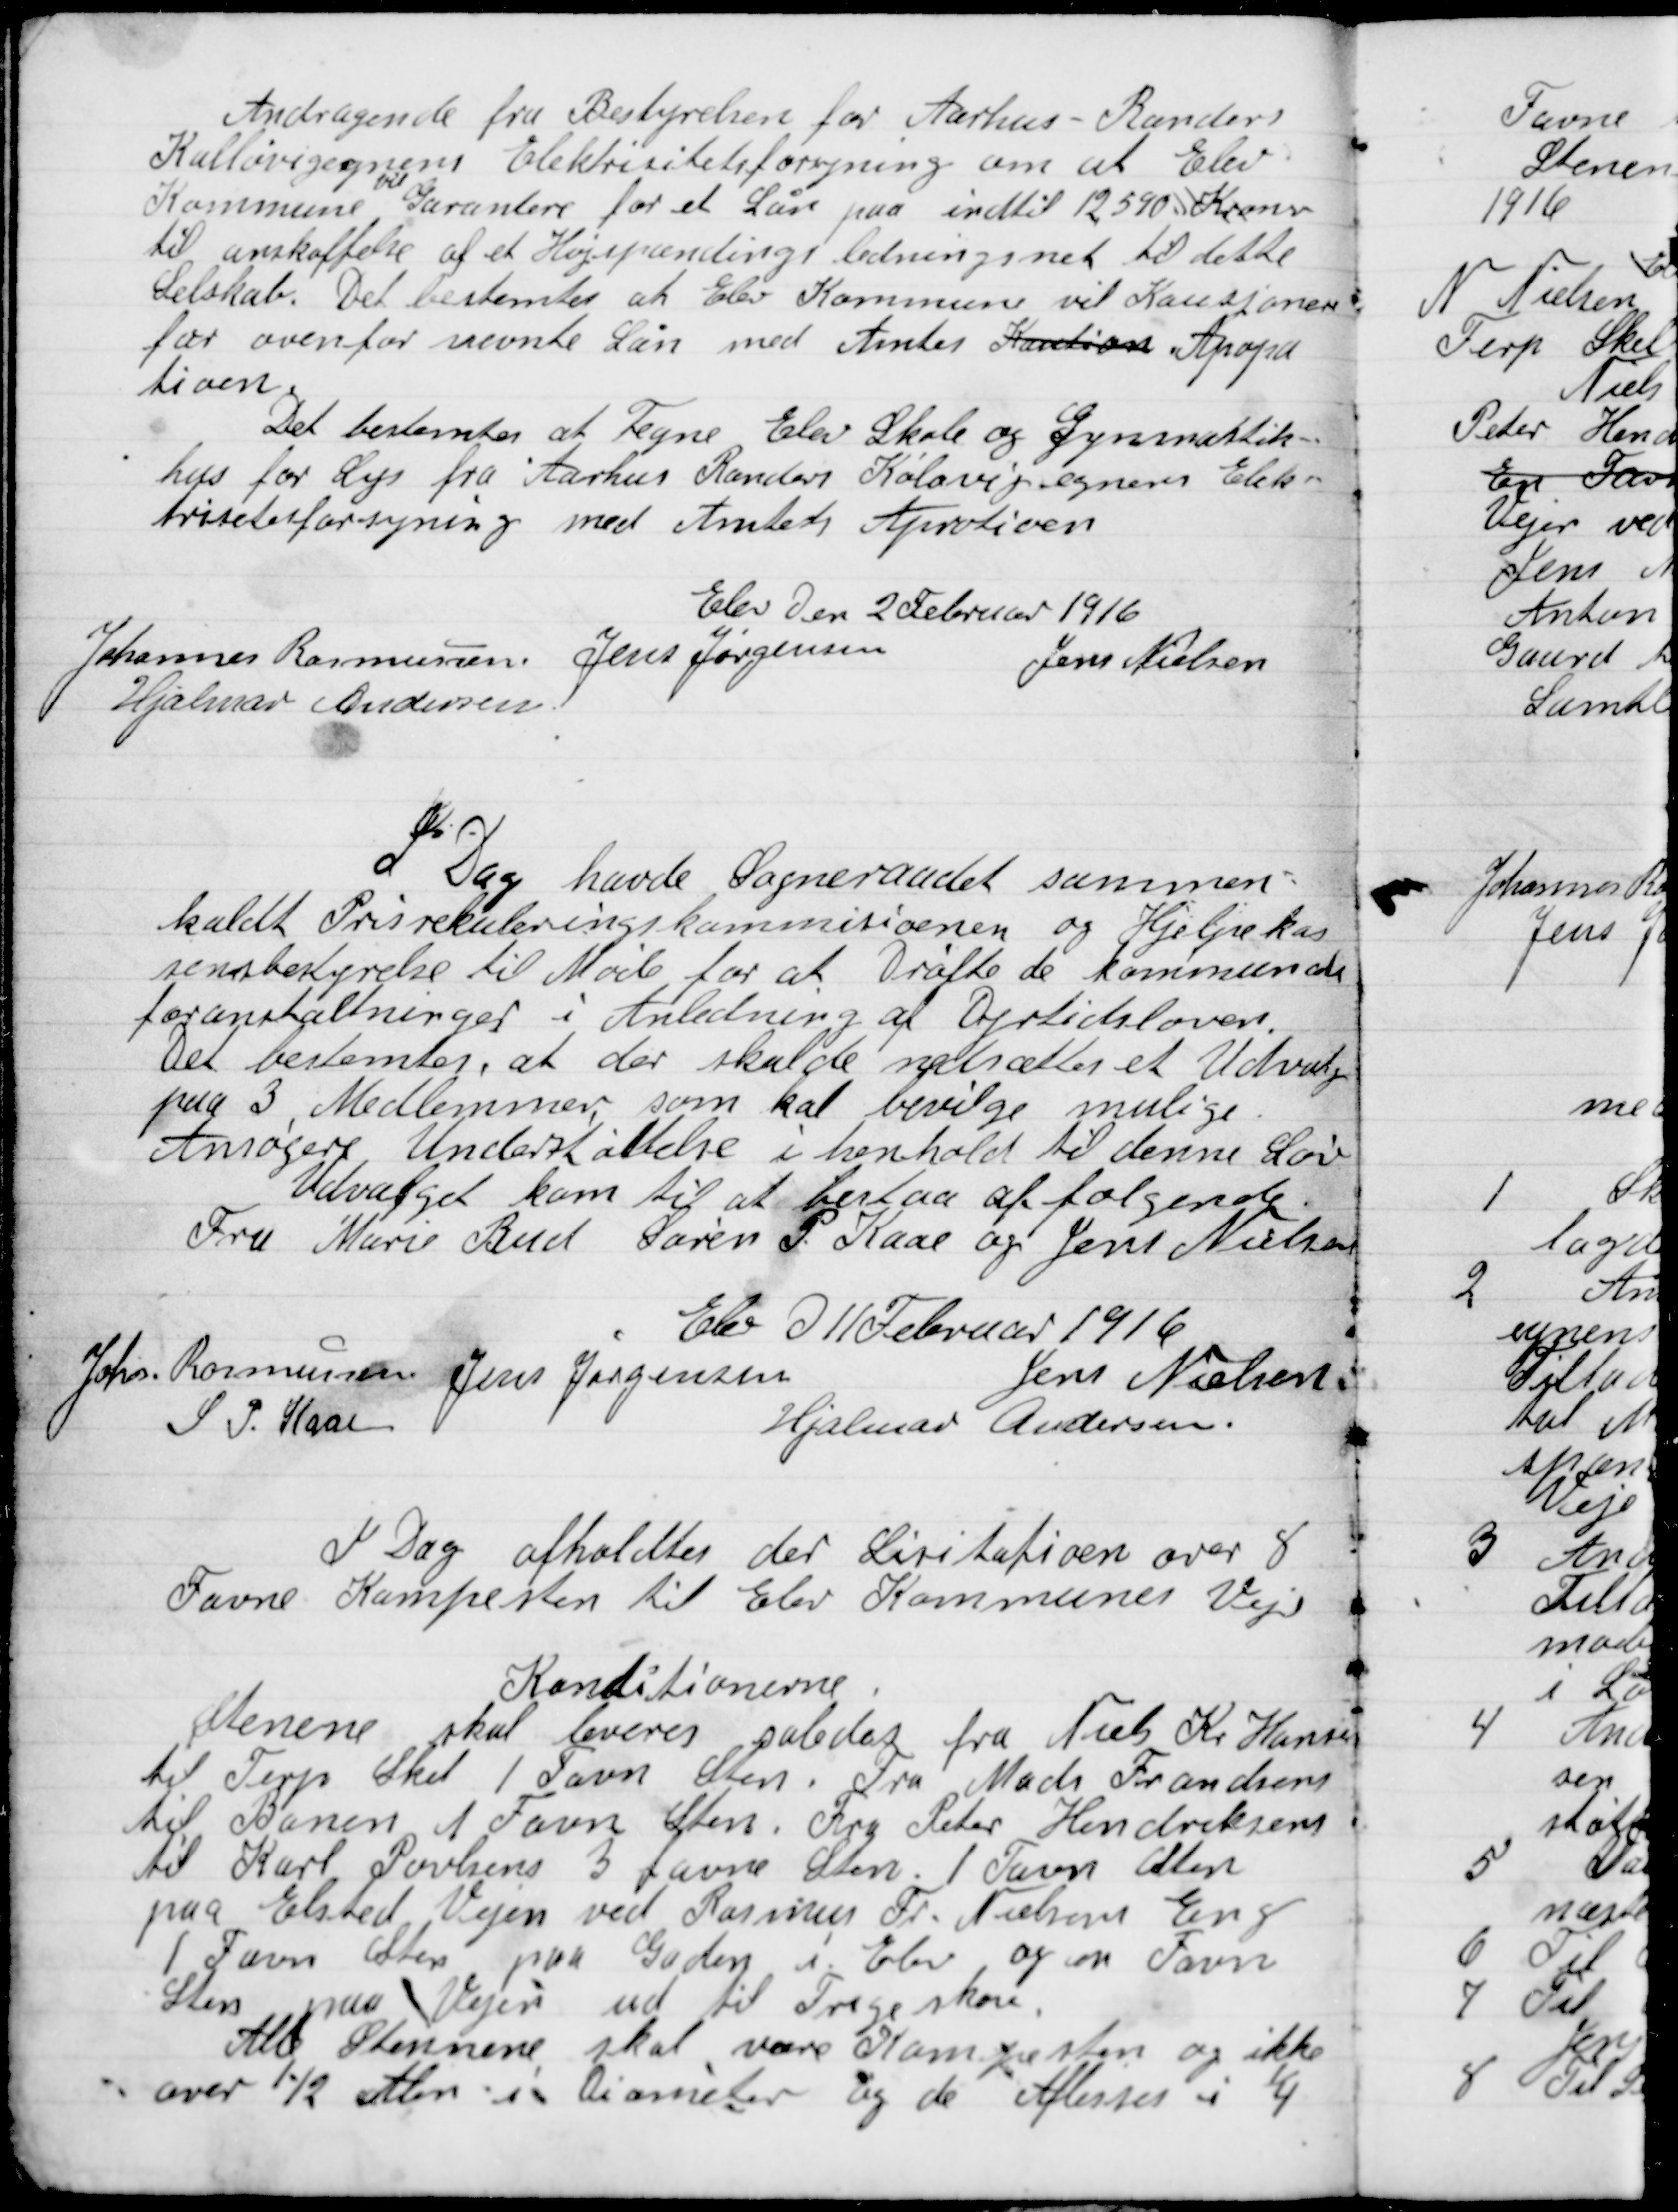
Transskription:
Andragende fra Bestyrelsen for Aarhus Randers
Kalø vigegnens Elektricitetsforsyning om at Elev
Kommune vil Garantere for et Laan paa indtil 12590 Kroner
til anskaffelse af et Højspændings ledningsnet til dette
Selskab. Det bestemtes at Elev Kommune vil Kautionere
for ovenfor nævnte Laan med Amtets Kaution Apopa-
tion.
Det bestemtes at Tegne Elev Skole og Gymnastik
hus for Lys fra Aarhus Randers Kaløvig egnens Elek-
tricitetsforsyning med Amtets Aprotion

Elev Den 2 Februar 1916

Johannes Rasmussen
Jens Jørgensen
Jens Nielsen
Hjalmar Andersen

I Dag havde Sogneraadet sammen-
kaldt Pris rekrutterings kommissionen og Hjælpekas-
sens bestyrelse til Møde for at Drøfte de kommende
foranstaltninger i Anledning af Dyrtidsloven.
Det bestemtes at der skal nedsættes et Udvalg
paa 3 Medlemmer som skal bevilge mulige
Ansøgere Understøttelse i henhold til denne Lov
Udvalget kom til at bestaa af følgende
Fru Marie Bud, Søren P. Kaae og Jens Nielsen

Elev D. 11 Februar 1916

Johs. Rasmussen
Jens Jørgensen
Jens Nielsen
S. P. Kaae
Hjalmar Andersen

I Dag afholdtes der Licitation over 8
Favne Kampesten til Elevs Kommunes Veje.

Konditionerne.
Stenene skal leveres saaledes fra Niels Kr. Hansen
til Terp Skel 1 Favn sten fra Mads Frandsens
til Banen 1 Favn Sten Fra Peter Hendriksen
til Karl Povlsen 3 Favne Sten. 1 Favn Sten
paa Elsted Vejen Rasmus Fr. Nielsens Eng
1 Favn Sten paa Gaden i Elev, og en Favn
Sten paa Vejen ud til Trige skov
Alle Stenene skal være Kampesten og ikke
over ½ Sten i Diameter og de Aflæsses i 1/4